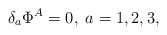
\begin{align*}\delta _{a}\Phi ^{A}=0,\;a=1,2,3, \end{align*}